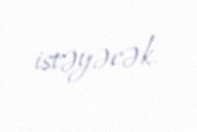
istəyəcək.